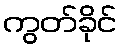
ကွတ်ခိုင်